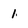
Character: 1